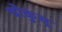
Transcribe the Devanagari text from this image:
चोकुसू